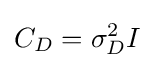
C_{D}=\sigma _{D}^{2}I